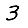
Digit: 3